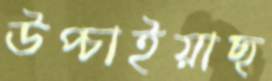
উপ্‌চাইয়াছ